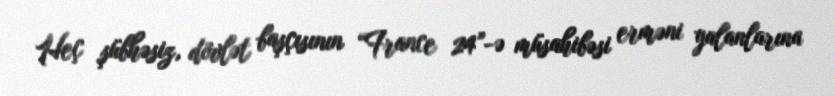
Heç şübhəsiz, dövlət başçısının “France 24”-ə müsahibəsi erməni yalanlarına